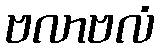
ဗလာဗလံ